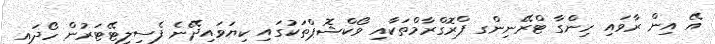
އޭ އިން ރާވައި ހިންގާ ޓްރޭނިންގ ޕްރޮގްރާމްތަކާއި ވޯކްޝޮޕްތަކުގައި ކިޔަވައިދޭނެ ފެސިލިޓޭޓަރުން ހޯދައި